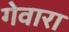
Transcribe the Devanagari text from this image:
गेवारा